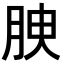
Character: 𦚤